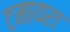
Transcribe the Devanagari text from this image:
टमायरा